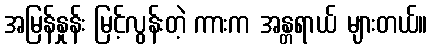
အမြန်နှုန်း မြင့်လွန်းတဲ့ ကားက အန္တရာယ် များတယ်။